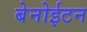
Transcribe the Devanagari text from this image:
बेनोईटन